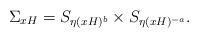
LaTeX: \begin{align*} \Sigma_{xH}=S_{\eta(xH)^b}\times S_{\eta(xH)^{-a}}.\end{align*}